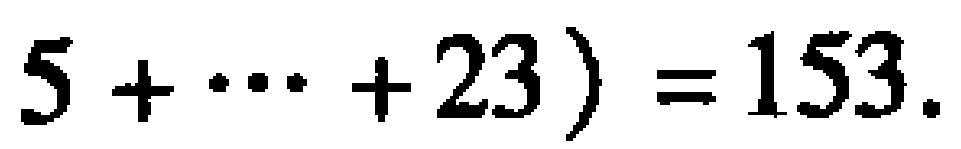
\(5 + \cdots + 23 ) = 153.\)